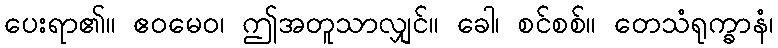
ပေးရာ၏။ ဧဝမေဝ၊ ဤအတူသာလျှင်။ ခေါ၊ စင်စစ်။ တေသံရုက္ခာနံ၊